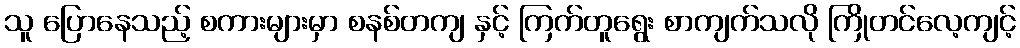
သူ ပြောနေသည့် စကားများမှာ စနစ်တကျ နှင့် ကြက်တူရွေး စာကျက်သလို ကြိုတင်လေ့ကျင့်